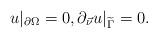
LaTeX: \begin{align*}u \vert_{\partial\Omega} =0, \partial_{\vec \nu} u\vert_{\widetilde \Gamma} =0.\end{align*}